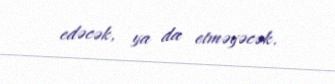
edəcək, ya da etməyəcək.